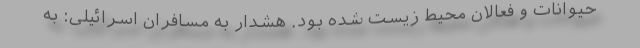
حیوانات و فعالان محیط زیست شده بود. هشدار به مسافران اسرائیلی: به